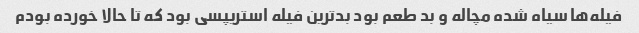
فیله‌ها سیاه شده مچاله و بد طعم بود بدترین فیله استریپسی بود که تا حالا خورده بودم